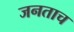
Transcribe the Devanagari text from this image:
जनताच